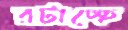
রটাচ্ছে